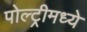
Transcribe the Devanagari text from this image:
पोल्ट्रीमध्ये